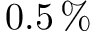
0 . 5 \, \%